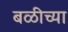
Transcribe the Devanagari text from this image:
बळीच्या